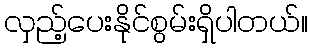
လှည့်ပေးနိုင်စွမ်းရှိပါတယ်။